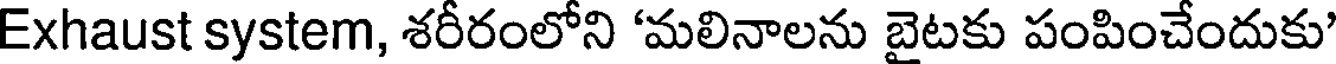
Exhaust system, శరీరంలోని 'మలినాలను బైటకు పంపించేందుకు